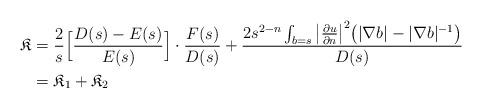
LaTeX: \begin{align*}\mathfrak{K}&= \frac{2}{s}\Big[\frac{D(s)- E(s)}{E(s)}\Big]\cdot \frac{F(s)}{D(s)}+ \frac{2s^{2- n}\int_{b= s} \big|\frac{\partial u}{\partial n}\big|^2\big(|\nabla b|- |\nabla b|^{-1}\big)}{D(s)} \\&= \mathfrak{K}_1+ \mathfrak{K}_2 \end{align*}